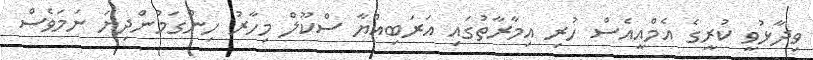
ވިދާޅުވީ ކުރީގެ އެމްއީއެސް ހުރި އިމާރާތުގައި އަރަބިއްޔާ ސްކޫލް މިހާރު ހިންގަމުންދިޔަ ނަމަވެސް